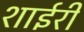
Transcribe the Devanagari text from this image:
शाईरी